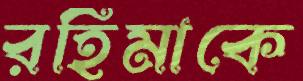
রহিমাকে